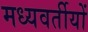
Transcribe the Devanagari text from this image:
मध्यवर्तीयों